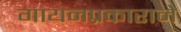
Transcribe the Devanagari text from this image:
गायनप्रकाराने